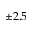
\pm 2 . 5